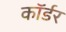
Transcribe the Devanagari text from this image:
कॉर्डर